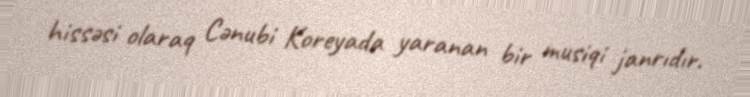
hissəsi olaraq Cənubi Koreyada yaranan bir musiqi janrıdır.